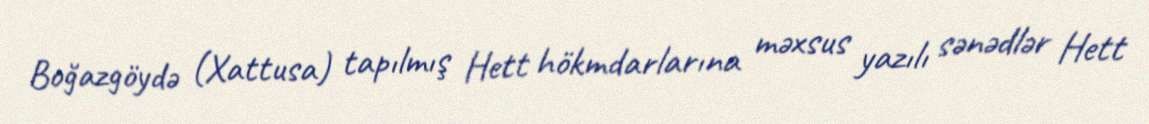
Boğazgöydə (Xattusa) tapılmış Hett hökmdarlarına məxsus yazılı sənədlər Hett